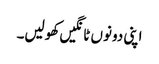
اپنی دونوں ٹانگیں کھولیں۔